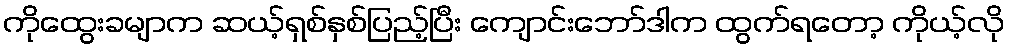
ကိုထွေးခမျာက ဆယ့်ရှစ်နှစ်ပြည့်ပြီး ကျောင်းဘော်ဒါက ထွက်ရတော့ ကိုယ့်လို